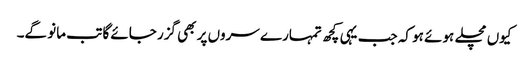
کیوں مچلے ہوئے ہو کہ جب یہی کچھ تمہارے سروں پر بھی گزر جائے گا تب مانو گے۔